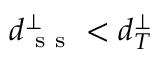
d _ { \mathrm { ~ s ~ s ~ } } ^ { \perp } < d _ { T } ^ { \perp }